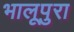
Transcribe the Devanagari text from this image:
भालूपुरा